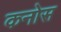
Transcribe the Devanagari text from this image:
कनोस